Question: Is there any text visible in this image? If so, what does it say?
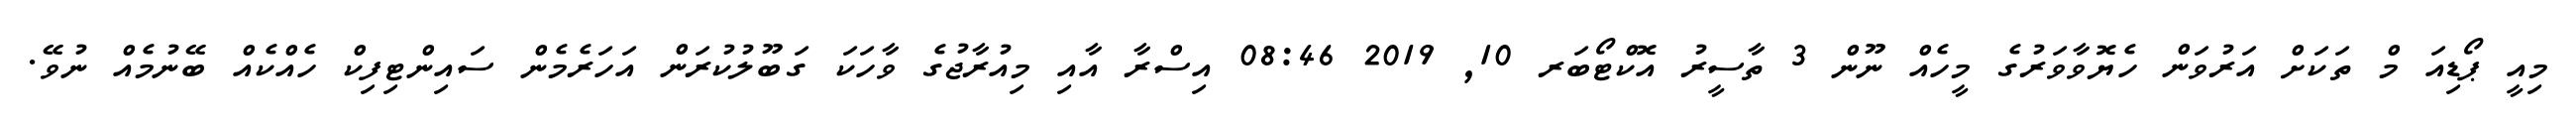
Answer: މިއީ ޕޯޑިއަ މް ތަކަށް އަރުވަން ހެޔޮވާވަރުގެ މީހެއް ނޫން 3 ތާސީރު އޮކްޓޯބަރ 10, 2019 08:46 އިސްރާ އާއި މިއުރާޖުގެ ވާހަކަ ގަބޫލުކުރަން އަހަރެމެން ސައިންޓިފިކް ހެއްކެއް ބޭނުމެއް ނުވޭ.